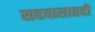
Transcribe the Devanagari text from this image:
सहवासातही